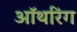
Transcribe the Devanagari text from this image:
ऑथरिंग